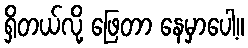
ရှိတယ်လို့ ဖြေတာ နေမှာပေါ့။